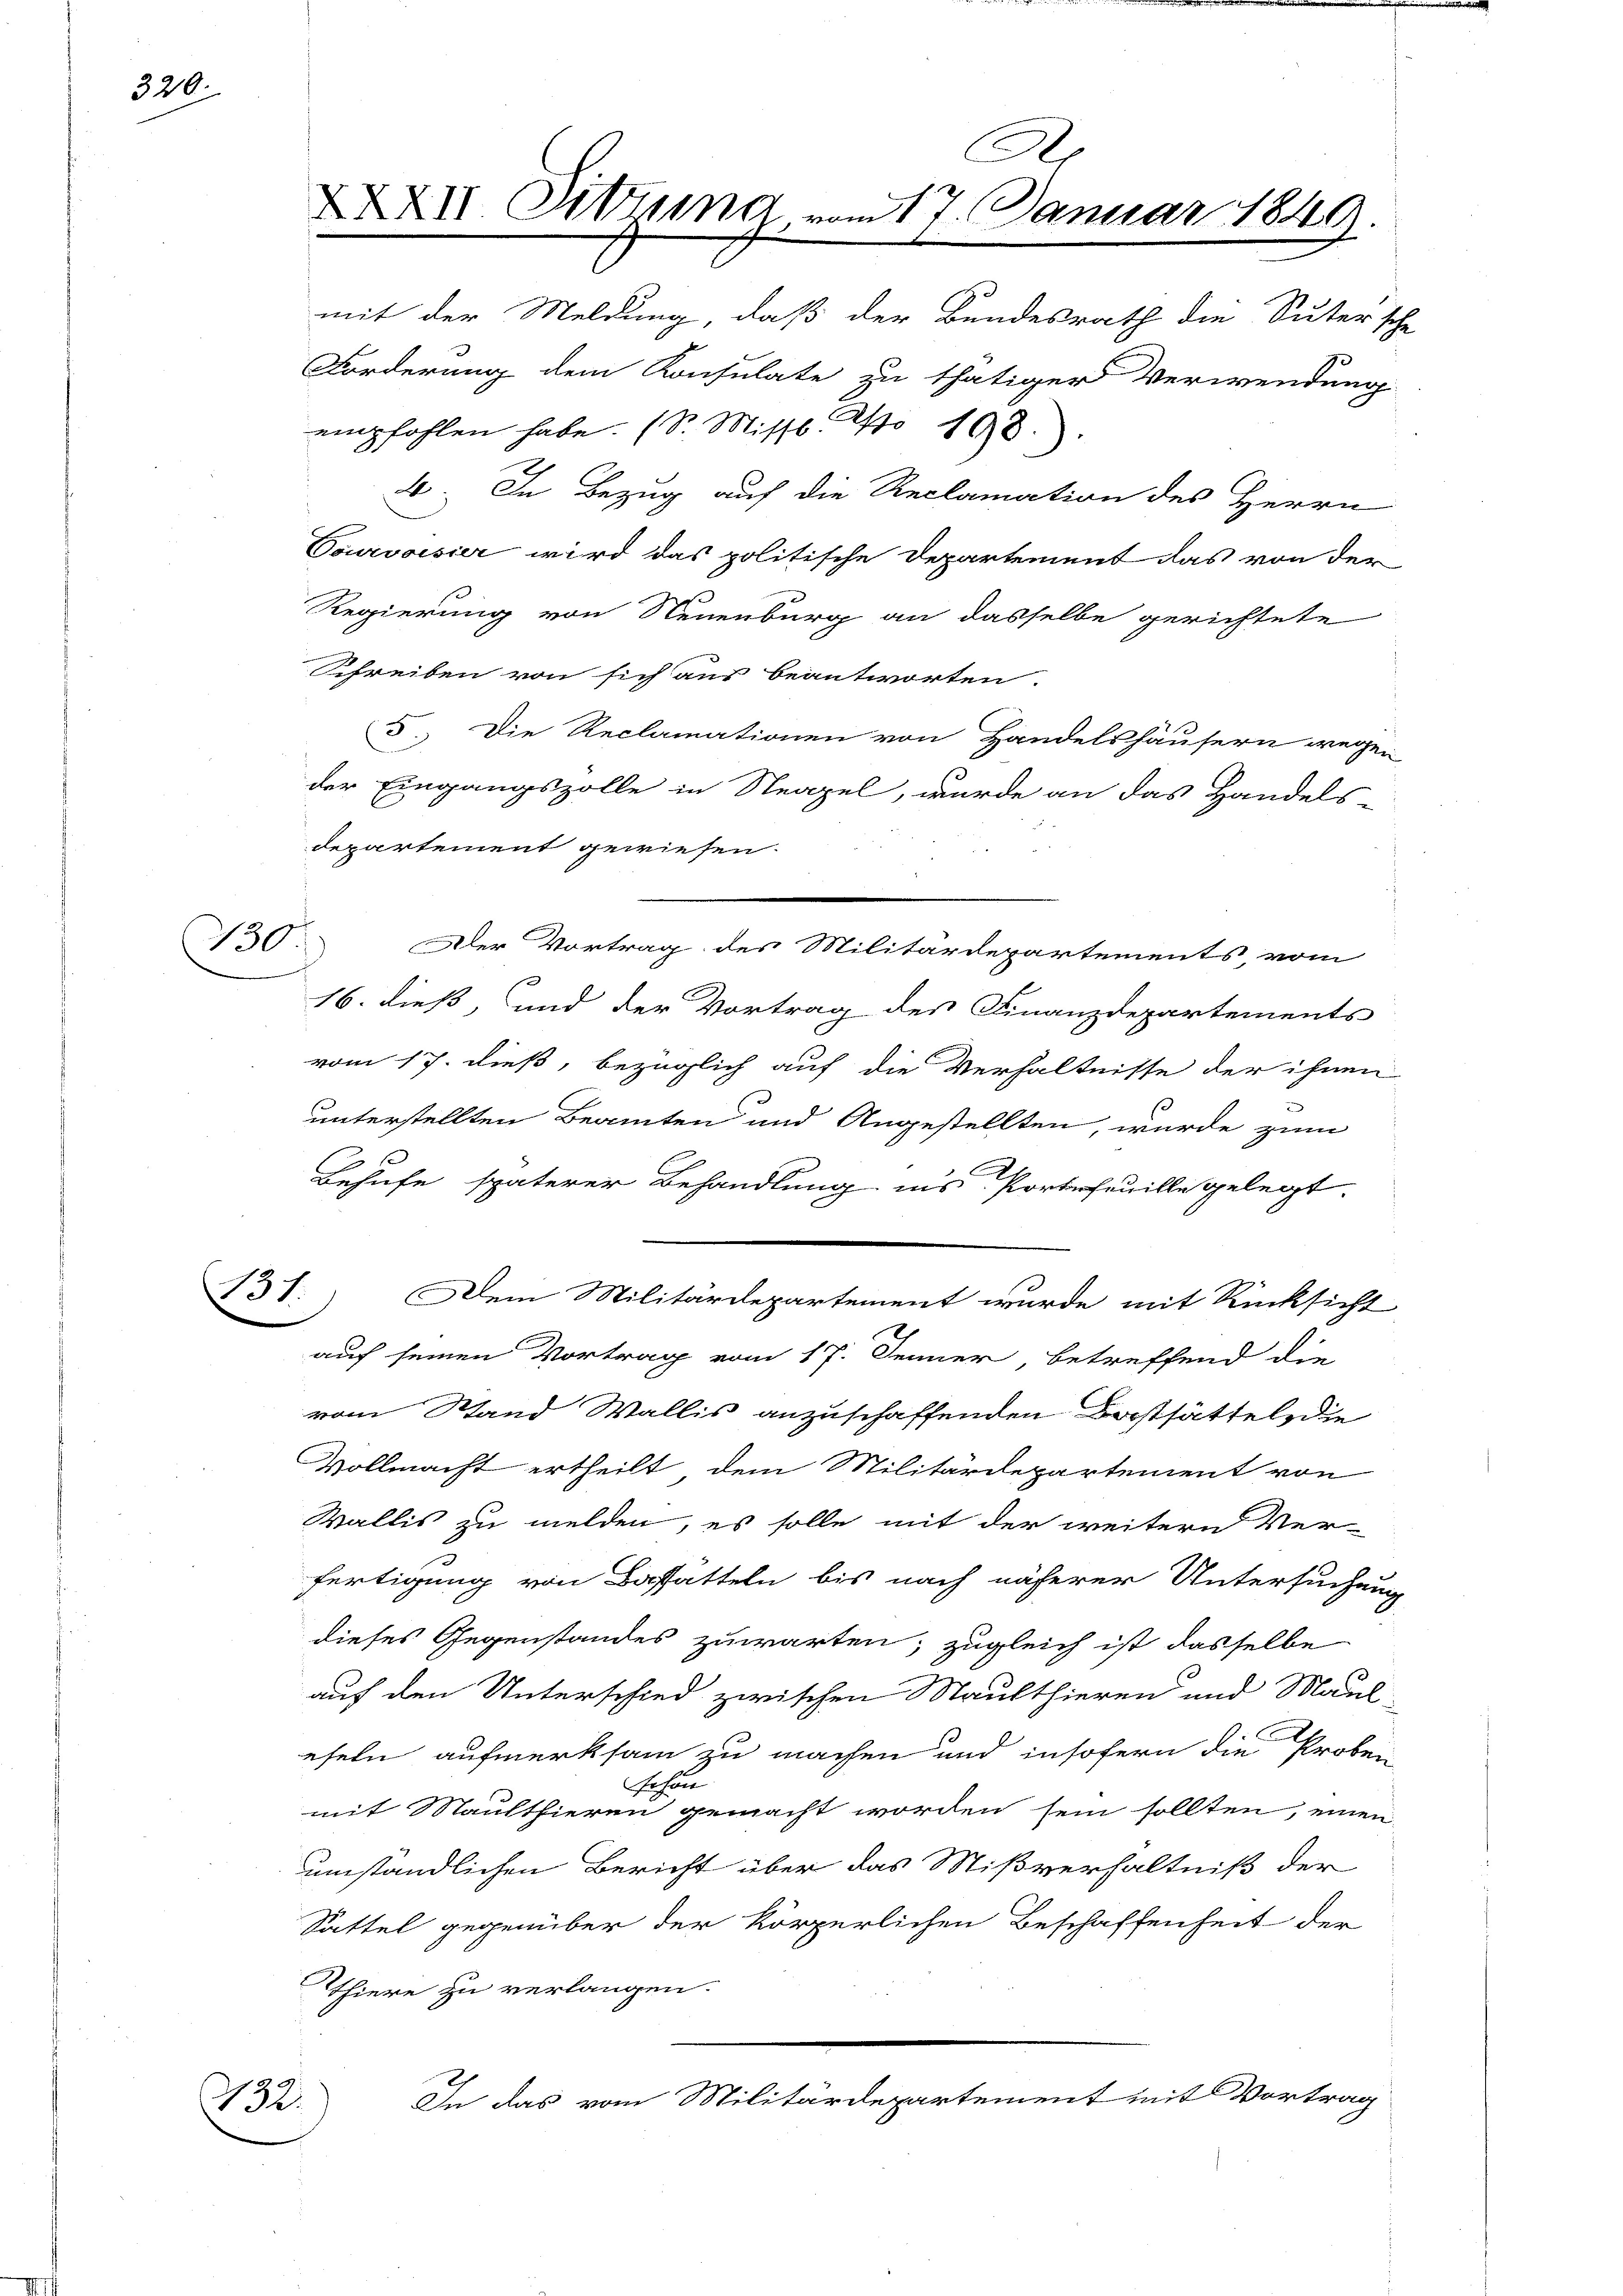
320.

130

132.

Co
XXXII Sitzung vom 17. Januar 1849.
mit der Meldung, daß der Bundesrath die Sutersche
Forderung dem Konsulate zu thätiger Verwendung
empfohlen habe. (S. Missl. No 108.)
a. In Bezug auf die Reclamation des Herrn

Sourvoisier wird das politische Departement das von der
Regierung von Neuenburg an dasselbe gerichtete
Schreiben von sich aus beantworten.
departement gewiesen.
Der Vortrag des Militärdepartements, vom
16. dieß, und der Vortrag des Finanzdepartements
vom 17. dieß, bezüglich auf die Verhältnisse der ihnen
unterstellten Beamten und Angestellten, wurde zum
Behufe späterer Behandlung ins Portefeuille gelegt.
131.) Dem Militärdepartement wurde mit Rücksicht
auf seinen Vortrag vom 17. Jenner, betreffend die
vom Stand Wallis anzuschaffenden Kostsättel, die
Vollmacht ertheilt, dem Militärdepartement von
Wallis zu melden, es solle mit der weitern Ver-
fertigung von Bastatteln bis nach näherer Untersuchung
dieses Gegenstandes zuwarten, zugleich ist dasselbe
auf den Unterschied zwischen Maulthieren und Maul-
eseln aufmerksam zu machen und insofern die Proben
fahren
mit Maulthieren gemacht worden sein sollten, einen
umständlichen Bericht über das Mißverhältniß der
Sattel gegenüber der körperlichen Beschaffenheit der
Thiere zu verlangen.
In das vom Militärdepartement mit Vortrag

5. Die Reclamationen von Handelshäusern wegen
der Eingangszolle in Neapel, wurde an das Handels-